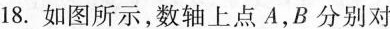
18.如图所示，数轴上点A，B分别对